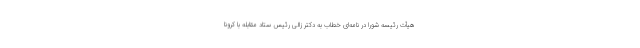
هیأت رئیسه شورا در نامه‌ای خطاب به دکتر زالی رئیس ستاد مقابله با کرونا